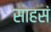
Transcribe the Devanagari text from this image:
साहसं